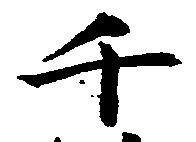
千